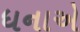
ધનાએ